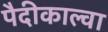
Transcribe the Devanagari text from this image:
पैदीकाल्वा